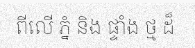
ពីលើ ភ្នំ និង ផ្ទាំង ថ្ម ដ៏